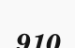
910